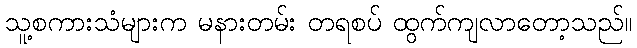
သူ့စကားသံများက မနားတမ်း တရစပ် ထွက်ကျလာတော့သည်။